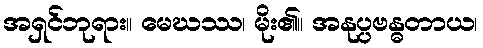
အရှင်ဘုရား။ မေဃဿ၊ မိုး၏။ အနုပ္ပဗန္ဓတာယ၊